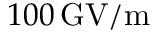
1 0 0 \, \mathrm { G V / m }